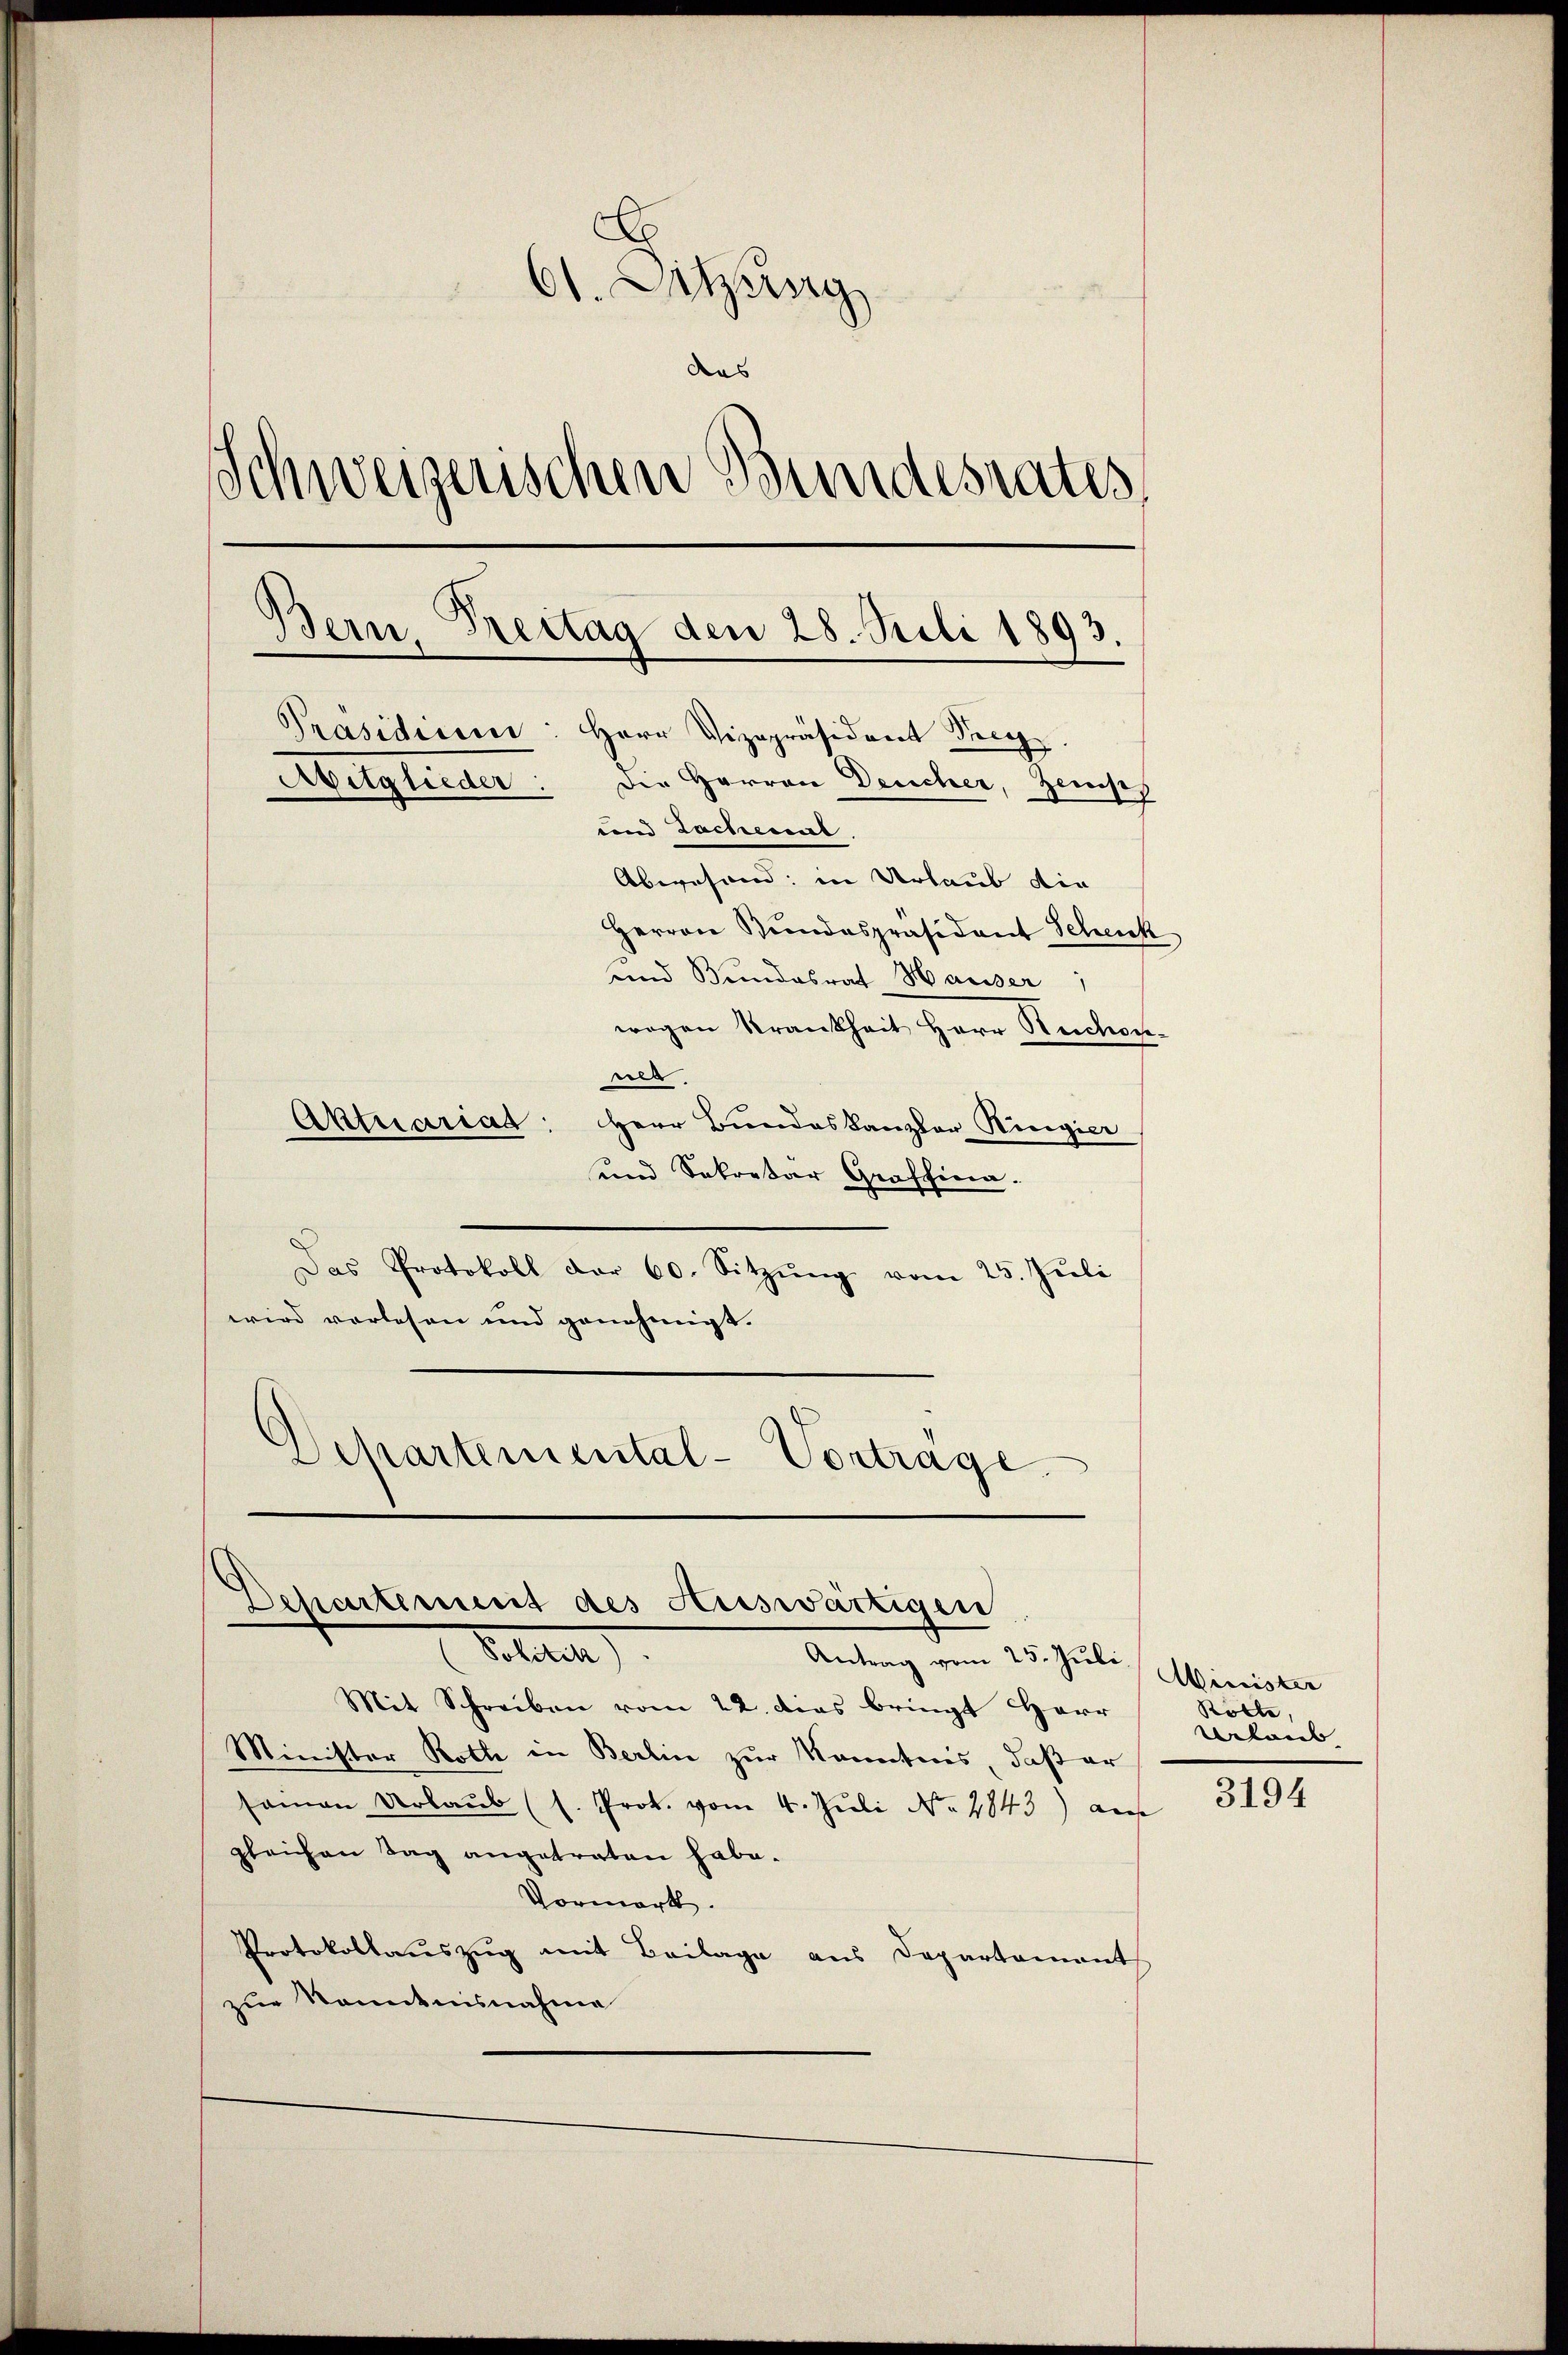
E
61. Sitzung
das
Schweizerischen Bundesrates,
Bern, Treitag den 28. Juli 1893.
Präsidien: Herr Vizepräsident Precep
Avitglieder: Die Herren Deucher, Zemps
und Lachenens.
Abwesend: in Urlaub die
Herren Kundespräsident Schenk
und Bundesrath Hausser
wegen Krankheit Herr Ruckon¬

ner
Aktuariat: Herr Bundeskanzler Ringier
und Sekretar Graffina.
Das Protokoll der 60. Sitzŭng vom 25. Jŭli
wird vorlesen und genehmigt. |
Schartemental-Vortrage

Departement des Auswärtigen
Sollte
Antrag vom 25. Juli

Mit Schreiben vom 22. dies bringt Herr
Minister Roth in Berlin zur Kenntnis, daß er
saman Urlaŭb (l. Prok. vom 4. Juli No 1843) auf
gleichen Tag angetraten habe.
Vormerk.
Protokollauszug mit Beilage aus Departement
zur Kenntnisnahme

Minister
Rölle
Arbei

3194